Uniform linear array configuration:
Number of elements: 24
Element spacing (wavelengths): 0.25
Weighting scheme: hann
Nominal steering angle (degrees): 60
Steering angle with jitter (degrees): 59.229
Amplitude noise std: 0.05
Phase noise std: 0.05

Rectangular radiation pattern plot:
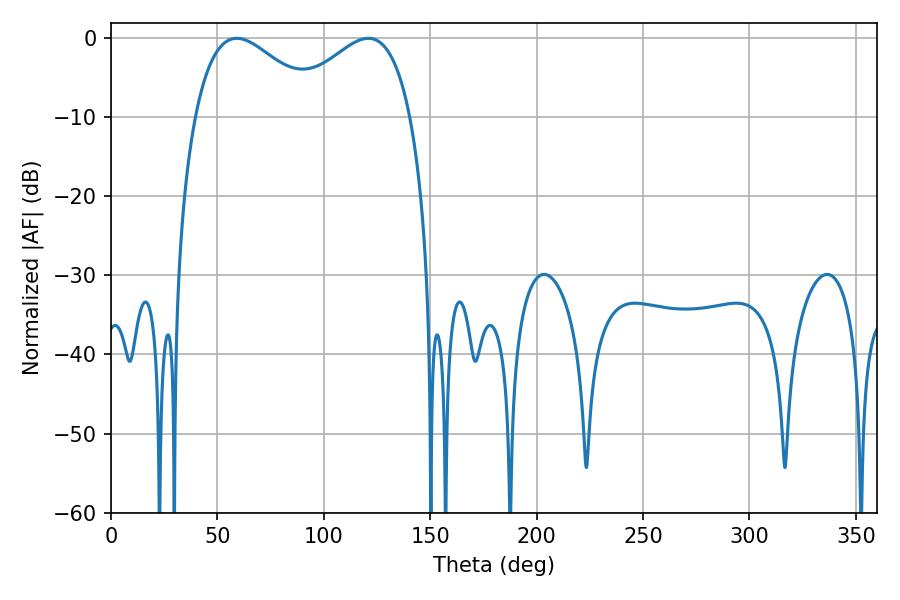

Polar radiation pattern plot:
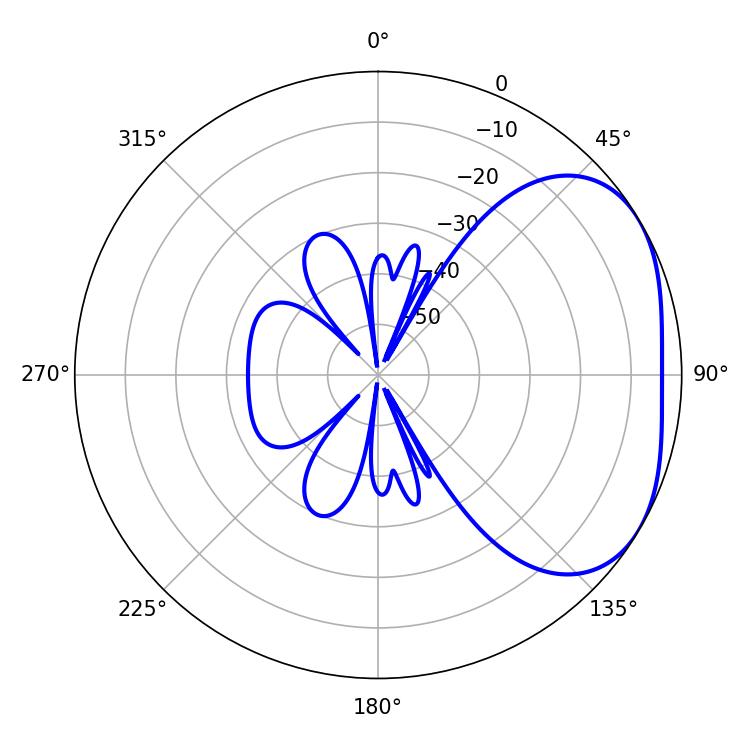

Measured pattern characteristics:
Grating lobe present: FALSE
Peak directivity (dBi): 3.019
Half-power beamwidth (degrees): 32.4
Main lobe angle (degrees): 59.04